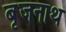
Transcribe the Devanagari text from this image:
बृजनाथ